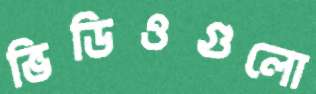
ভিডিওগুলো